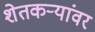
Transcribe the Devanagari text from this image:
शेतकर्‍यांवर